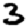
Digit: 3